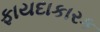
ફાયદાકારક